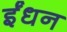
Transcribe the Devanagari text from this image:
र्इंधन